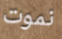
نموت